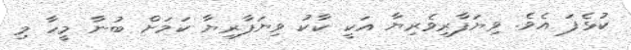
ކުޅެފަ އެވެ. ވިޔަފާރިވެރިޔާ އަކީ ކާކު ވިޔަފާރިޔާ ކަމަށް ބުނާ މީހާ މި